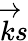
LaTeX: \overrightarrow{k}s